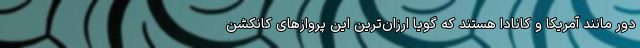
دور مانند آمریکا و کانادا هستند که گویا ارزان‌ترین این پروازهای کانکشن